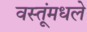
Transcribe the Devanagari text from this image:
वस्तूंमधले